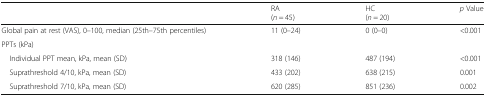
|  | RA(n = 45) | HC(n = 20) | p Value |
 | --- | --- | --- | --- |
 | Global pain at rest (VAS), 0–100, median (25th–75th percentiles) | 11 (0–24) | 0 (0–0) | <0.001 |
 | PPTs (kPa) |  |  |  |
 | Individual PPT mean, kPa, mean (SD) | 318 (146) | 487 (194) | <0.001 |
 | Suprathreshold 4/10, kPa, mean (SD) | 433 (202) | 638 (215) | 0.001 |
 | Suprathreshold 7/10, kPa, mean (SD) | 620 (285) | 851 (236) | 0.002 |